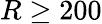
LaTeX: R\ge 200